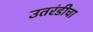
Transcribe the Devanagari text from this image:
उतरंडीचा